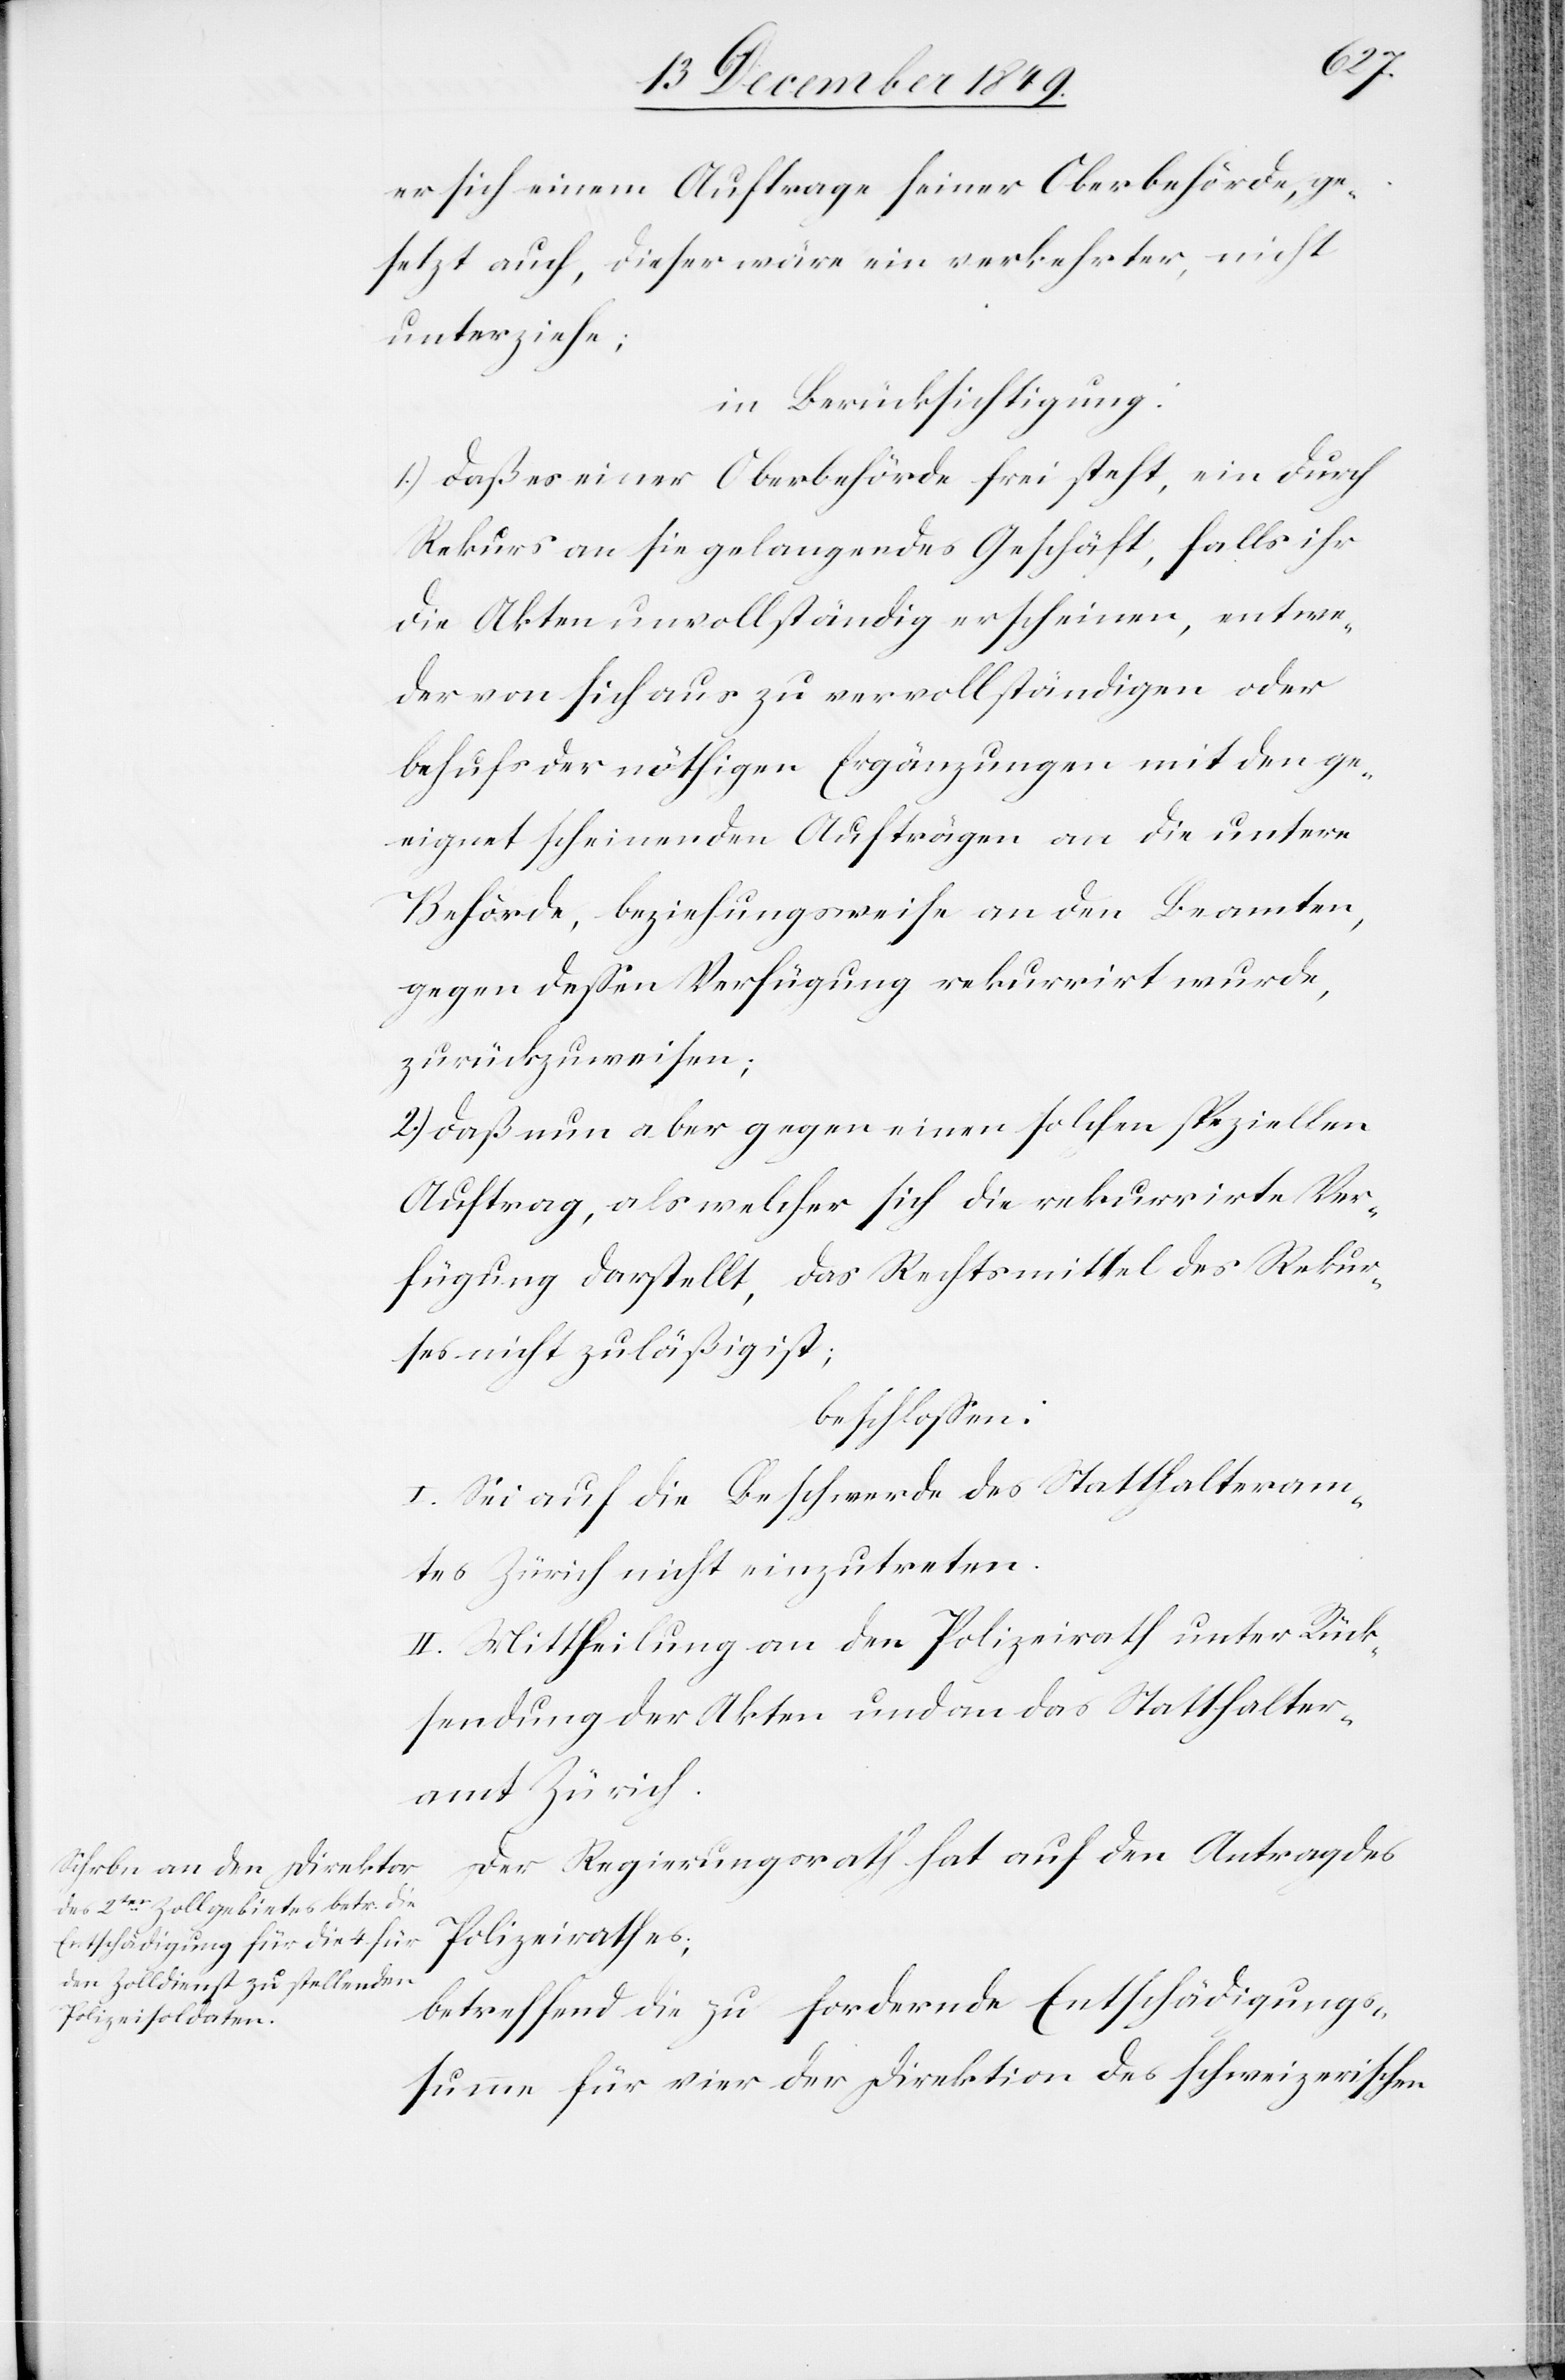
er sich einem Auftrage seiner Oberbehörde, ge¬
setzt auch, dieser wäre ein verkehrter, nicht
unterziehe;
in Berücksichtigung:
1.) daß es einer Oberbehörde frei steht, ein durch
Rekurs an sie gelangendes Geschäft, falls ihr
die Akten unvollständig erscheinen, entwe¬
der von sich aus zu vervollständigen oder
behufs der nöthigen Ergänzungen mit den ge¬
eignet scheinenden Aufträgen an die untere
Behörde, beziehungsweise an den Beamten,
gegen deßen Verfügung rekurrirt wurde,
zurückzuweisen;
2.) daß nun aber gegen einen solchen speziellen
Auftrag, als welcher sich die rekurrirte Ver¬
fügung darstellt, das Rechtsmittel des Rekurses
beschloßen:
I. Sei auf die Beschwerde des Statthalteram¬
tes Zürich nicht einzutreten.
II. Mittheilung an den Polizeirath unter Rück¬
sendung der Akten und an das Statthalter¬
amt Zürich.
Der Regierungsrath hat auf den Antrag des
Polizeirathes;
betreffend die zu fordernde Entschädigungs¬
summe für vier der Direktion des schweizerischen